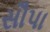
સૌપા